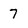
Character: 7